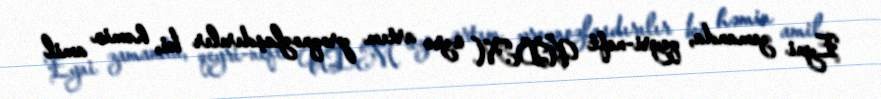
Eyni zamanda, qeyri-neft ÜDM üzrə artım proqnozlaşdırılır ki, həmin amil